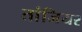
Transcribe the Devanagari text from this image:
तांजियर